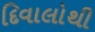
દિવાલોથી